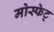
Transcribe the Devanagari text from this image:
मोस्फेट्